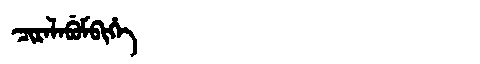
Manchu: ᠴᡳᡵᠠᠯᠠᠪᡠᠮᠪᡳᡥᡝ
Romanization: CIRALABUMBIHE